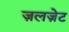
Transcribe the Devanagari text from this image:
ज़लज़ेट